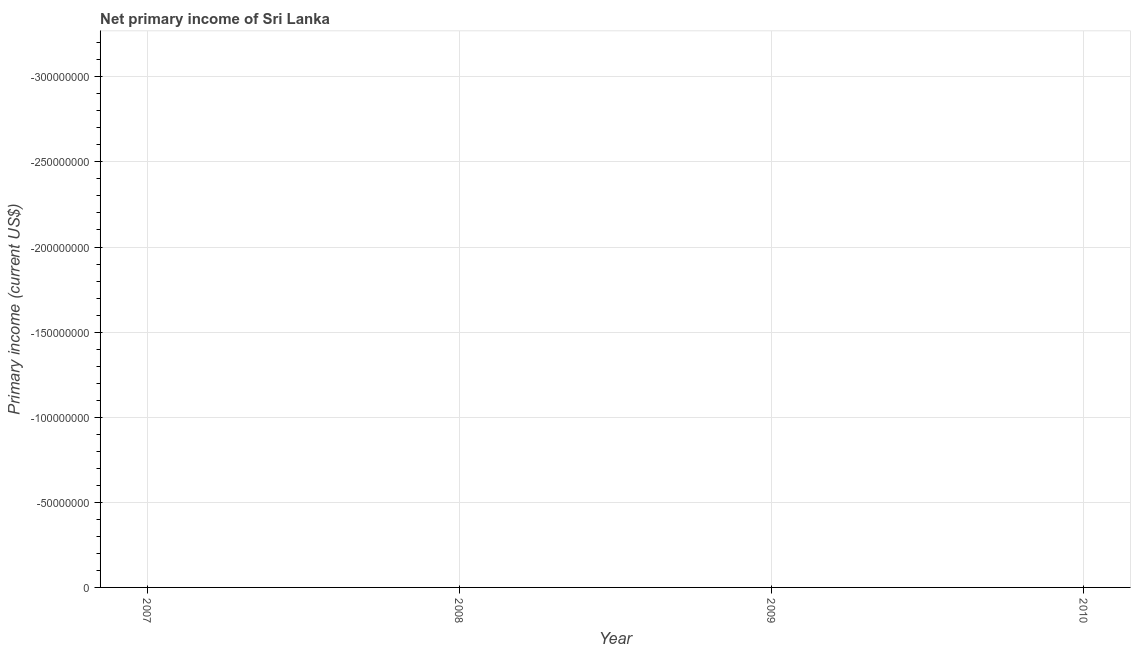
| Year | Net primary income |
 | --- | --- |
 | 2007 | -3.58e+08 |
 | 2008 | -9.72e+08 |
 | 2009 | -4.88e+08 |
 | 2010 | -6.17e+08 |